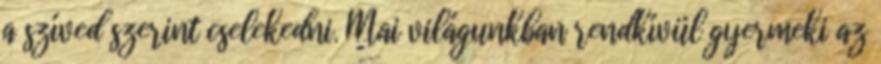
a szíved szerint cselekedni. Mai világunkban rendkívül gyermeki az